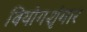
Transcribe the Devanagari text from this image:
वियोगशृंगार